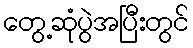
တွေ့ဆုံပွဲအပြီးတွင်